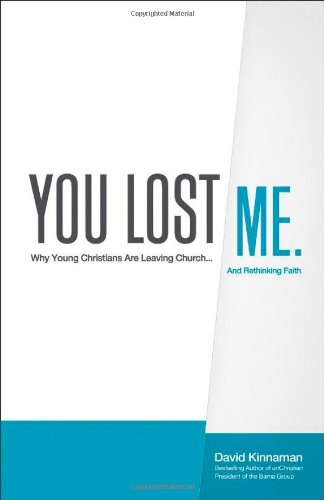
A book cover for You Lost Me: Why Young Christians Are Leaving Church...and Rethinking Faith; David Kinnaman; Christian Books & Bibles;